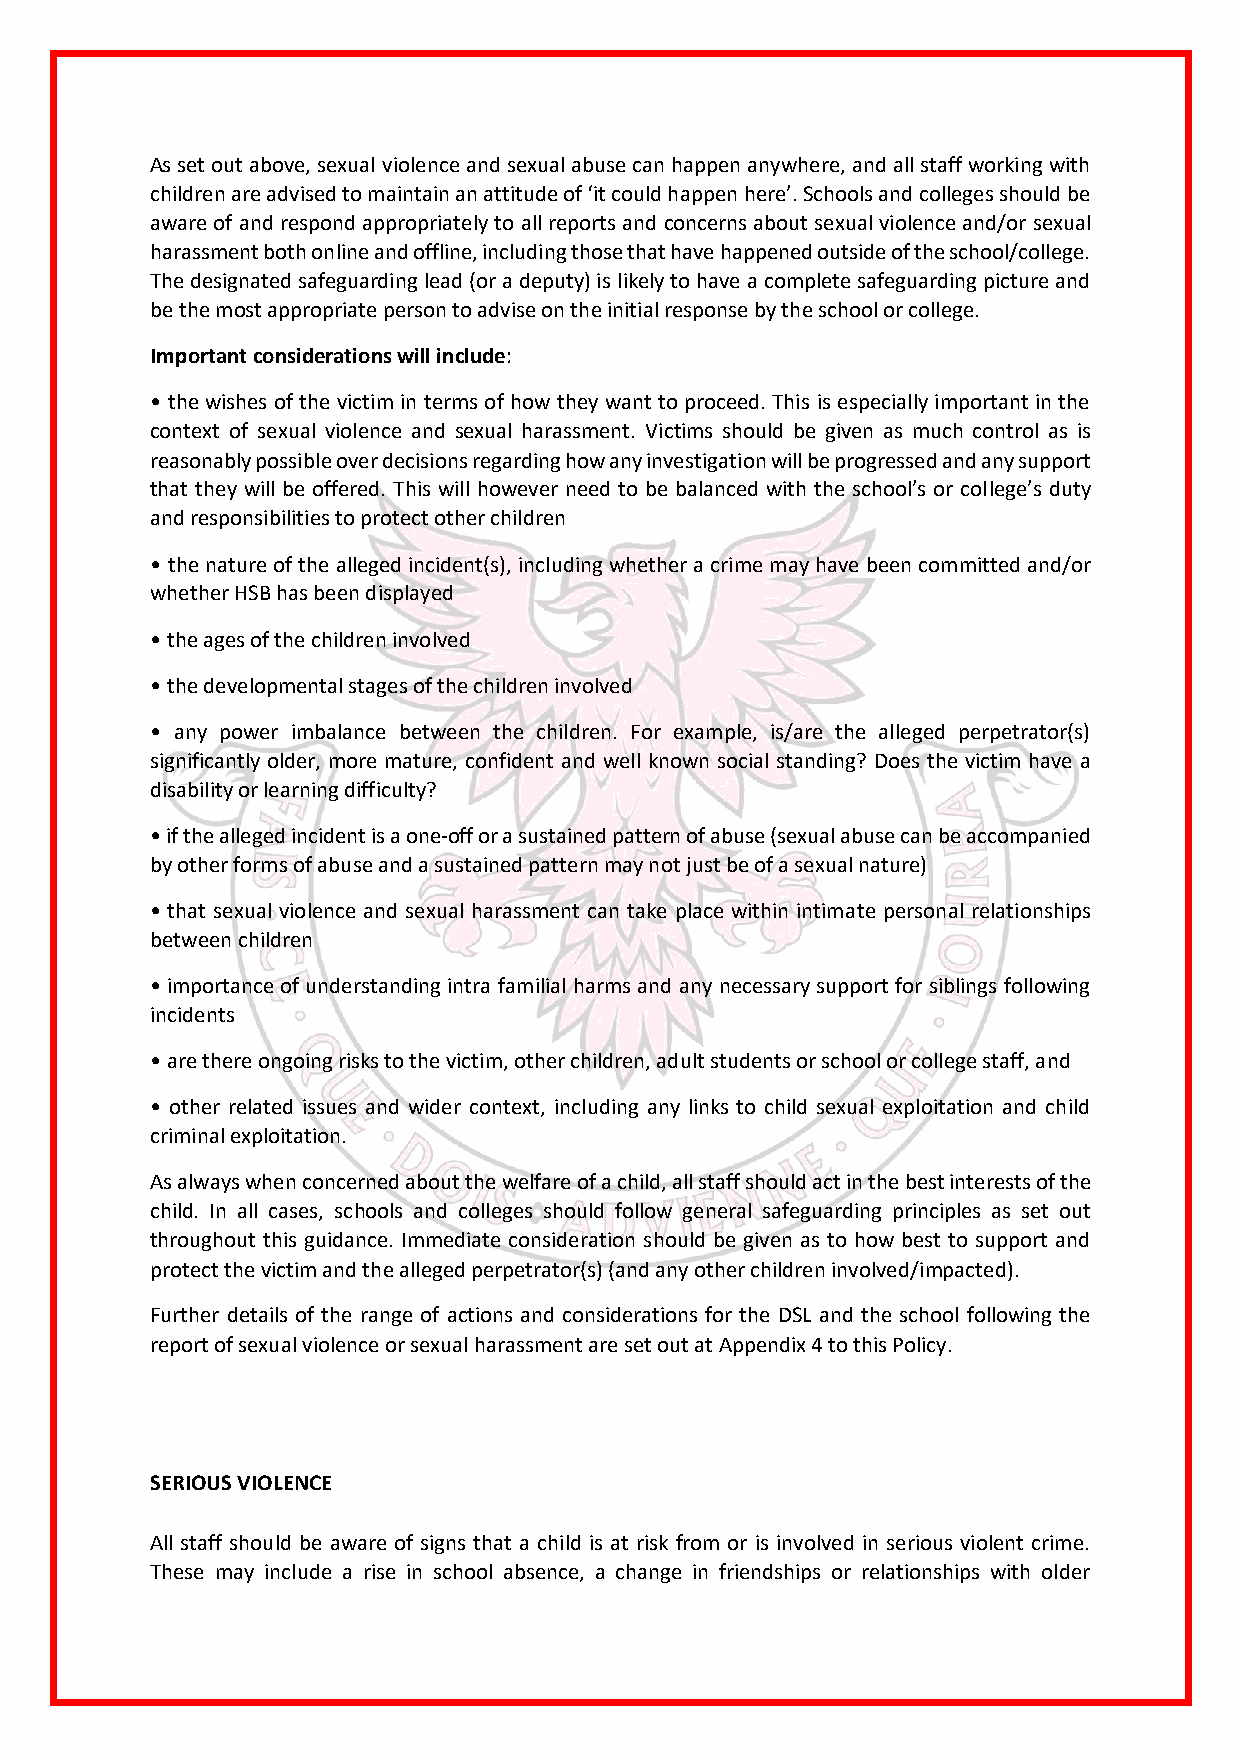
As set out above, sexual violence and sexual abuse can happen anywhere, and all staff working with
 children are advised to maintain an attitude of ‘it could happen here’. Schools and colleges should be
 aware of and respond appropriately to all reports and concerns about sexual violence and/or sexual
 harassment both online and offline, including those that have happened outside of the school/college.
 The designated safeguarding lead (or a deputy) is likely to have a complete safeguarding picture and
 be the most appropriate person to advise on the initial response by the school or college.
 Important considerations will include:
 • the wishes of the victim in terms of how they want to proceed. This is especially important in the
 context of sexual violence and sexual harassment. Victims should be given as much control as is
 reasonably possible over decisions regarding how any investigation will be progressed and any support
 that they will be offered. This will however need to be balanced with the school’s or college’s duty
 and responsibilities to protect other children
 • the nature of the alleged incident(s), including whether a crime may have been committed and/or
 whether HSB has been displayed
 • the ages of the children involved
 • the developmental stages of the children involved
 • any power imbalance between the children. For example, is/are the alleged perpetrator(s)
 significantly older, more mature, confident and well known social standing? Does the victim have a
 disability or learning difficulty?
 • if the alleged incident is a one-off or a sustained pattern of abuse (sexual abuse can be accompanied
 by other forms of abuse and a sustained pattern may not just be of a sexual nature)
 • that sexual violence and sexual harassment can take place within intimate personal relationships
 between children
 • importance of understanding intra familial harms and any necessary support for siblings following
 incidents
 • are there ongoing risks to the victim, other children, adult students or school or college staff, and
 • other related issues and wider context, including any links to child sexual exploitation and child
 criminal exploitation.
 As always when concerned about the welfare of a child, all staff should act in the best interests of the
 child. In all cases, schools and colleges should follow general safeguarding principles as set out
 throughout this guidance. Immediate consideration should be given as to how best to support and
 protect the victim and the alleged perpetrator(s) (and any other children involved/impacted).
 Further details of the range of actions and considerations for the DSL and the school following the
 report of sexual violence or sexual harassment are set out at Appendix 4 to this Policy.
 SERIOUS VIOLENCE
 All staff should be aware of signs that a child is at risk from or is involved in serious violent crime.
 These may include a rise in school absence, a change in friendships or relationships with older